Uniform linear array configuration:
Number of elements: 8
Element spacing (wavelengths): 0.75
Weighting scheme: cosine
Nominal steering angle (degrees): -45
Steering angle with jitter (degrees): -45.044
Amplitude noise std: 0.05
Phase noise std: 0.05

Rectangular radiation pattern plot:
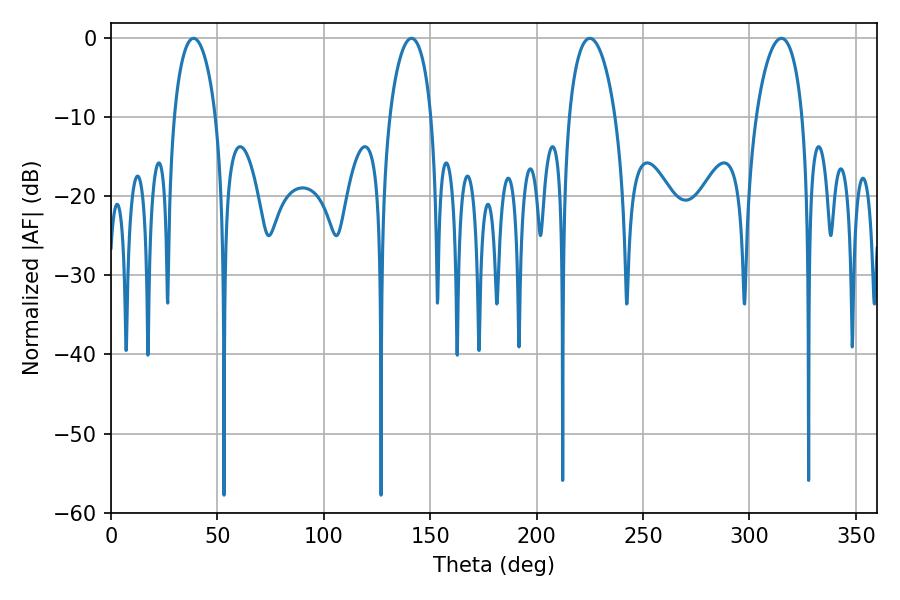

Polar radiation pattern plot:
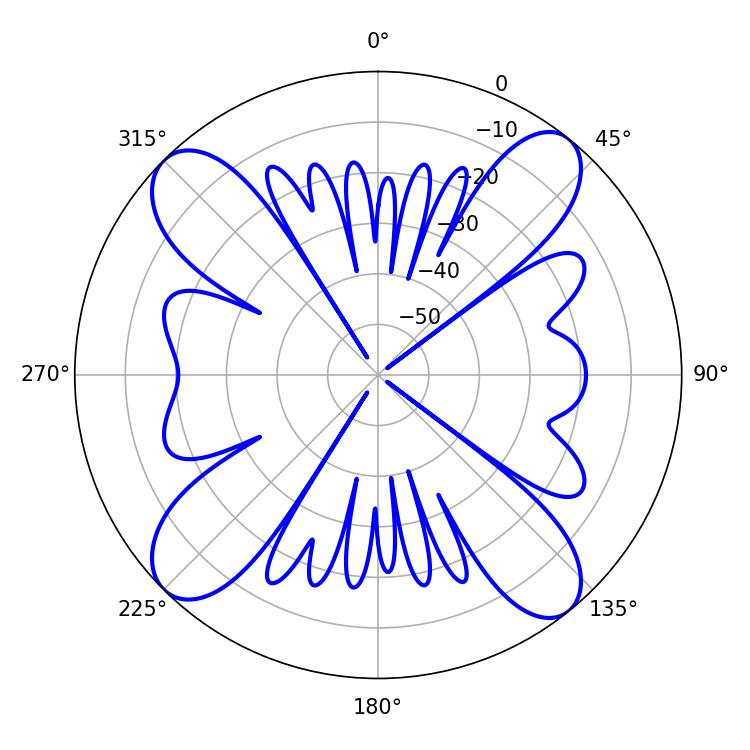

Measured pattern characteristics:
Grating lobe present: TRUE
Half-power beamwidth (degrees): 12.42
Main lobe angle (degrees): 225